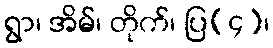
ရွာ၊ အိမ်၊ တိုက်၊ ပြ(၄)၊